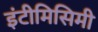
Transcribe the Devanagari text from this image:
इंटीमिसिमी